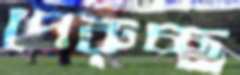
পেরুচ্ছ